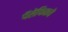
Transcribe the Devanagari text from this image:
पॅसेफिकचे